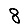
Digit: 8